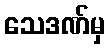
သေဒဏ်မှ